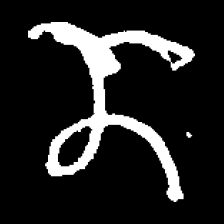
Pyu character \u2014 Myanmar letter: ဏ (romanized: nna)